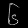
Digit: ၆